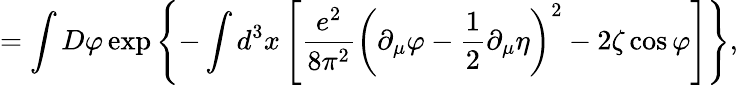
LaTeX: =\int D\varphi\exp\left\{ -\int d^{3}x\left[\frac{e^{2}}{8\pi^{2}}\left(\partial_{\mu}\varphi-\frac 12\partial_{\mu}\eta\right)^{2}-2\zeta\cos\varphi\right]\right\} ,